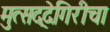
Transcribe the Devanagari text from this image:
मुत्सद्देगिरीचा